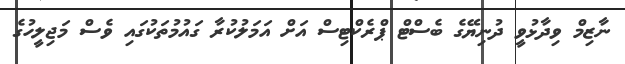
ނާޒިމް ވިދާޅުވީ ދުނިޔޭގެ ބެސްޓް ޕްރެކްޓިސް އަށް އަމަލުކުރާ ގައުމުތަކުގައި ވެސް މަޖިލީހުގެ